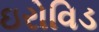
ઇરોવિડ